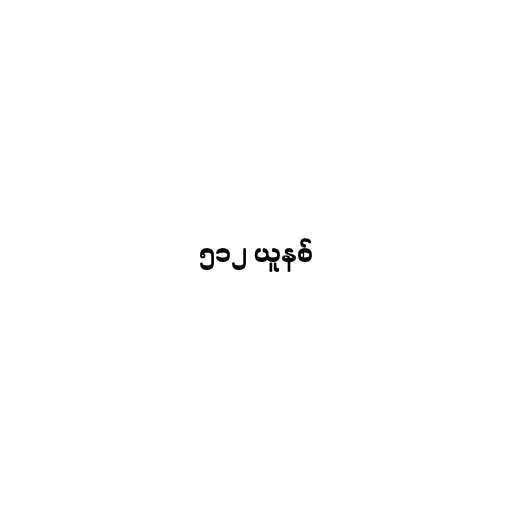
၅၁၂ ယူနစ်